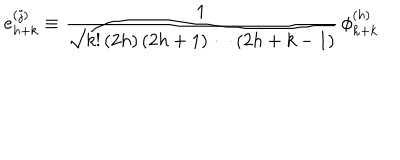
e _ { h + k } ^ { ( j ) } \equiv { \frac { 1 } { \sqrt { k ! \, ( 2 h ) \, ( 2 h + 1 ) \cdots ( 2 h + k - 1 ) } } } \, \phi _ { h + k } ^ { ( h ) }